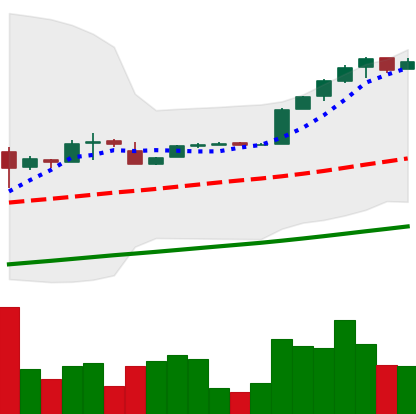
Ticker: BTC-USD
Chart end date: 2017-02-06
Forward return: -3.246%
Label: down_3_5